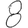
Digit: 8